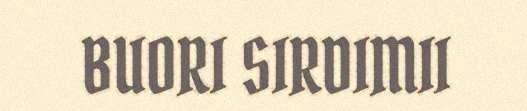
BUORI SIRDIMII